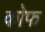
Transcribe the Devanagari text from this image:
कोफ